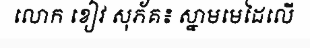
លោក ខៀវ សុភ័គ៖ ស្នាមមេដៃលើ